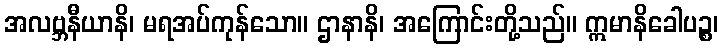
အလဗ္ဘနီယာနိ၊ မရအပ်ကုန်သော။ ဌာနာနိ၊ အကြောင်းတို့သည်။ ဣမာနိခေါပဉ္စ၊